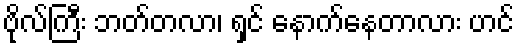
ဗိုလ်ကြီး ဘတ်တလာ၊ ရှင် နောက်နေတာလား ဟင်